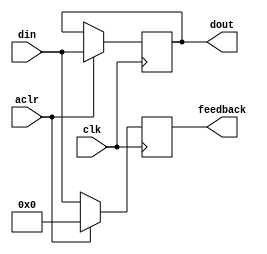
module MAC_Checker(aclr, clk, din, dout, feedback);

input [15:0] din;
input aclr, clk;

output [15:0] dout, feedback;
reg [15:0] dout, feedback;

always @(negedge clk)
	begin
		if(aclr == 1'b1)
			begin
				dout = feedback;
				feedback = 16'b0000000000000000;
				dout = din;
			end
		else
			feedback = din;
			
	end

endmodule